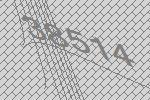
38514